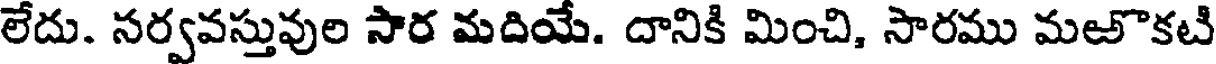
లేదు. సర్వవస్తువుల సార మదియే. దానికి మించి, సారము మఱొకటి